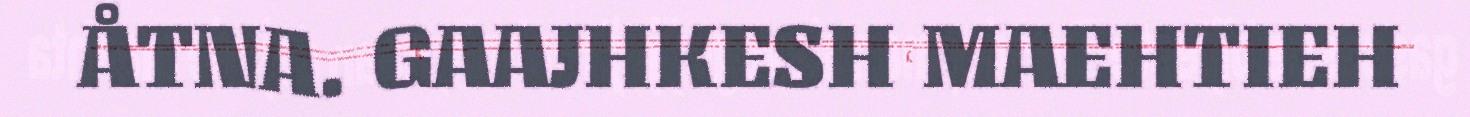
ÅTNA. GAAJHKESH MAEHTIEH